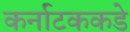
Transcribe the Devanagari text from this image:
कर्नाटककडे